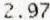
2.97